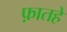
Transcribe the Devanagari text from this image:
फ़ातहे